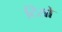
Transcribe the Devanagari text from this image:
टिसो